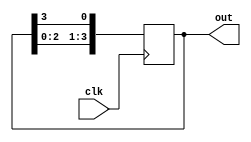
module ring_counter (
    input wire clk,
    output reg [3:0] out
);

reg [3:0] temp;

always @ (posedge clk) begin
    temp <= {temp[2:0], temp[3]};
end

assign out = temp;

endmodule